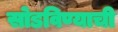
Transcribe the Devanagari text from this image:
सोडविण्याची